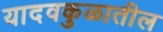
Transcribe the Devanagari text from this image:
यादवकुळातील